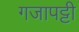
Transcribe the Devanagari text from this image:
गजापट्टी